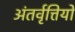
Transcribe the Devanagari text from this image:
अंतर्वृत्तियों